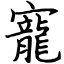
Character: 寵